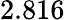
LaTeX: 2.816